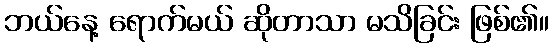
ဘယ်နေ့ ရောက်မယ် ဆိုတာသာ မသိခြင်း ဖြစ်၏။